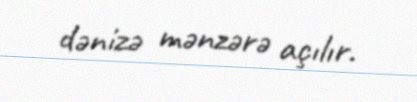
dənizə mənzərə açılır.